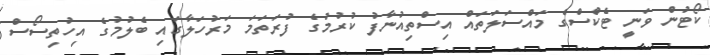
ކޯޓުން ވަނީ ޓެކްސްގެ މައްސަލަތައް އިސްތިއުނާފު ކުރުމުގެ ފުރަތަމަ މަރުހަލާގައި ބެލުމުގެ އިހުތިސޯސް